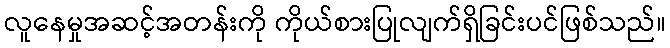
လူနေမှုအဆင့်အတန်းကို ကိုယ်စားပြုလျက်ရှိခြင်းပင်ဖြစ်သည်။